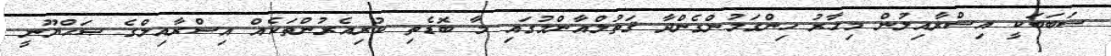
ސަބަބަކީ އިސްރާއިލުން މިހާރު ހިންގަމުންގެންދާ ޤަތުލްއާންމުގައި މާ ބޮޑެތި ކުރިއެރުންތަކެއް އިސްރާއިލްގެ ޞަޙްޔޫނީ